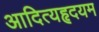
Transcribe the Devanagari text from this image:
आदित्यहृदयम